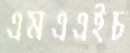
এমএএইচ